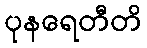
ပုနရေတီတိ